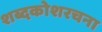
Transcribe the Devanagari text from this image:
शब्दकोशरचना